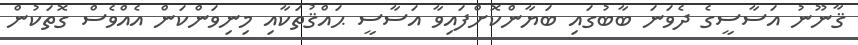
ޤާނޫނު އަސާސީގެ ދެވަނަ ބާބުގައި ބަޔާންކޮށްފައިވާ އަސާސީ ޙައްޤުތަކާއި މިނިވަންކަން އެއްވެސް ގޮތަކުން